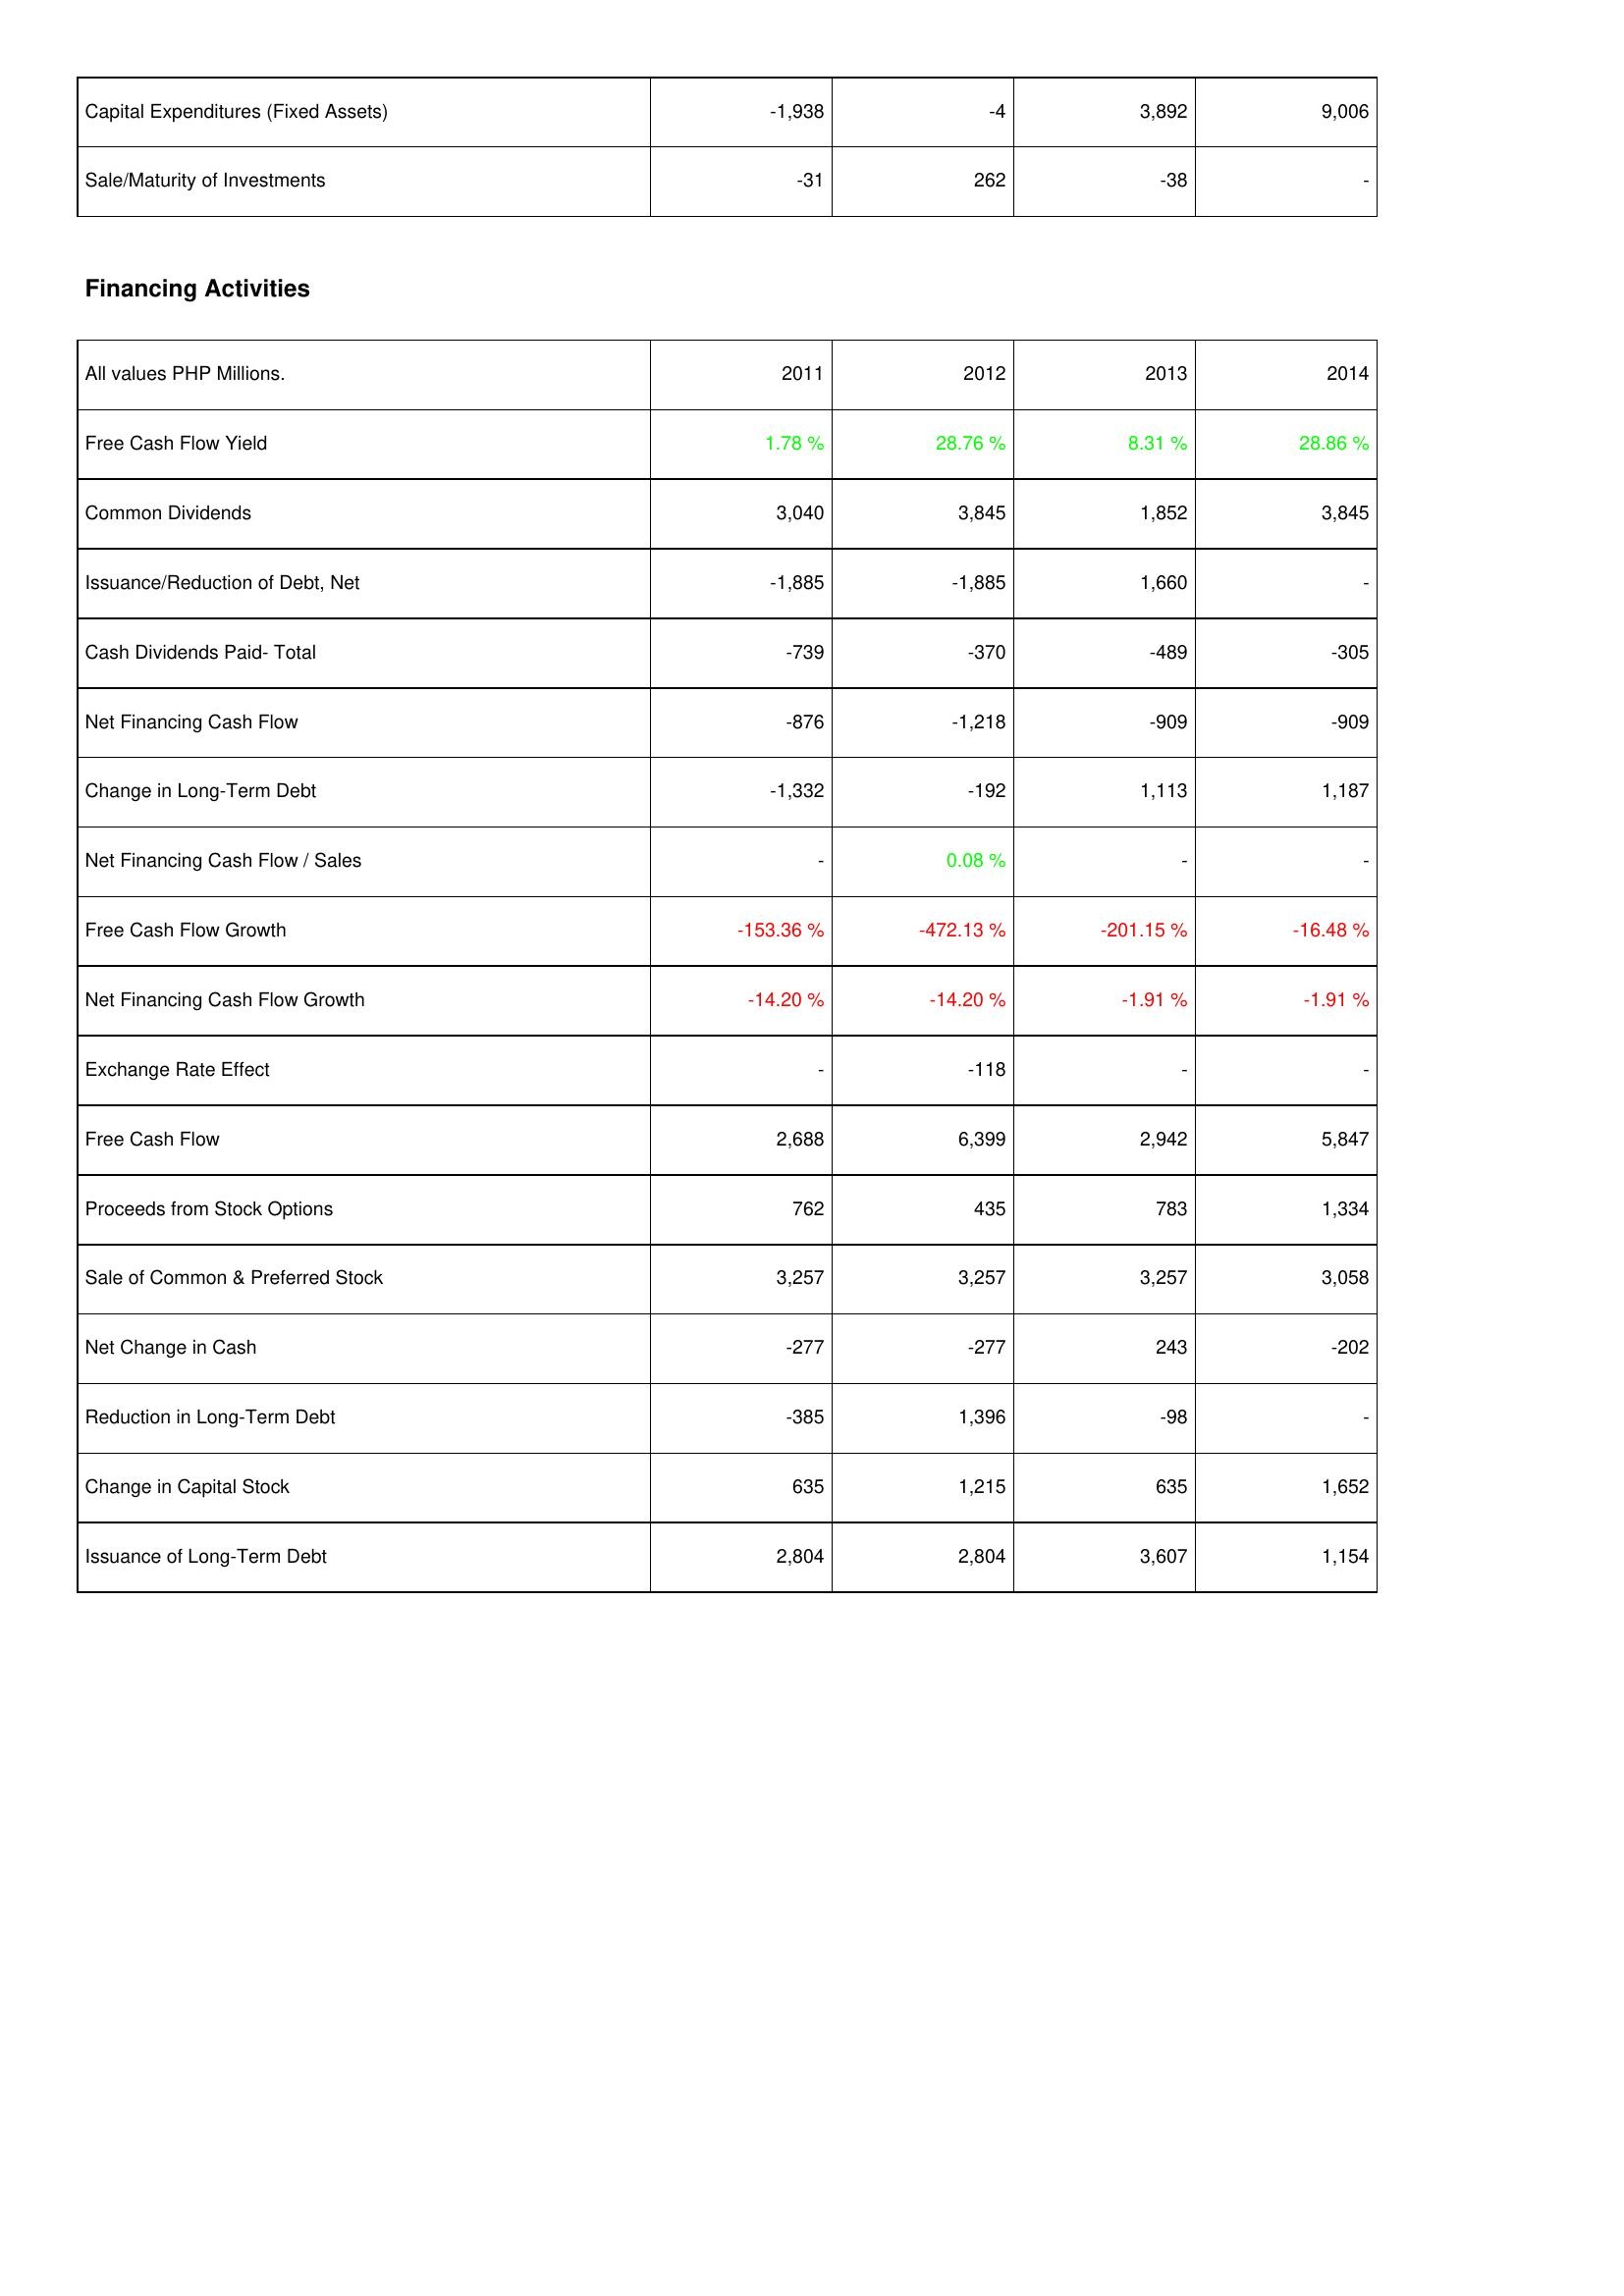
2011: Investing Activities: Capital Expenditures (Fixed Assets): -1,938
Sale/Maturity of Investments: -31
Financing Activities: Free Cash Flow Yield: 1.78 %
Common Dividends: 3,040
Issuance/Reduction of Debt, Net: -1,885
Cash Dividends Paid- Total: -739
Net Financing Cash Flow: -876
Change in Long-Term Debt: -1,332
Net Financing Cash Flow / Sales: -
Free Cash Flow Growth: -153.36 %
Net Financing Cash Flow Growth: -14.20 %
Exchange Rate Effect: -
Free Cash Flow: 2,688
Proceeds from Stock Options: 762
Sale of Common & Preferred Stock: 3,257
Net Change in Cash: -277
Reduction in Long-Term Debt: -385
Change in Capital Stock: 635
Issuance of Long-Term Debt: 2,804
2012: Investing Activities: Capital Expenditures (Fixed Assets): -4
Sale/Maturity of Investments: 262
Financing Activities: Free Cash Flow Yield: 28.76 %
Common Dividends: 3,845
Issuance/Reduction of Debt, Net: -1,885
Cash Dividends Paid- Total: -370
Net Financing Cash Flow: -1,218
Change in Long-Term Debt: -192
Net Financing Cash Flow / Sales: 0.08 %
Free Cash Flow Growth: -472.13 %
Net Financing Cash Flow Growth: -14.20 %
Exchange Rate Effect: -118
Free Cash Flow: 6,399
Proceeds from Stock Options: 435
Sale of Common & Preferred Stock: 3,257
Net Change in Cash: -277
Reduction in Long-Term Debt: 1,396
Change in Capital Stock: 1,215
Issuance of Long-Term Debt: 2,804
2013: Investing Activities: Capital Expenditures (Fixed Assets): 3,892
Sale/Maturity of Investments: -38
Financing Activities: Free Cash Flow Yield: 8.31 %
Common Dividends: 1,852
Issuance/Reduction of Debt, Net: 1,660
Cash Dividends Paid- Total: -489
Net Financing Cash Flow: -909
Change in Long-Term Debt: 1,113
Net Financing Cash Flow / Sales: -
Free Cash Flow Growth: -201.15 %
Net Financing Cash Flow Growth: -1.91 %
Exchange Rate Effect: -
Free Cash Flow: 2,942
Proceeds from Stock Options: 783
Sale of Common & Preferred Stock: 3,257
Net Change in Cash: 243
Reduction in Long-Term Debt: -98
Change in Capital Stock: 635
Issuance of Long-Term Debt: 3,607
2014: Investing Activities: Capital Expenditures (Fixed Assets): 9,006
Sale/Maturity of Investments: -
Financing Activities: Free Cash Flow Yield: 28.86 %
Common Dividends: 3,845
Issuance/Reduction of Debt, Net: -
Cash Dividends Paid- Total: -305
Net Financing Cash Flow: -909
Change in Long-Term Debt: 1,187
Net Financing Cash Flow / Sales: -
Free Cash Flow Growth: -16.48 %
Net Financing Cash Flow Growth: -1.91 %
Exchange Rate Effect: -
Free Cash Flow: 5,847
Proceeds from Stock Options: 1,334
Sale of Common & Preferred Stock: 3,058
Net Change in Cash: -202
Reduction in Long-Term Debt: -
Change in Capital Stock: 1,652
Issuance of Long-Term Debt: 1,154